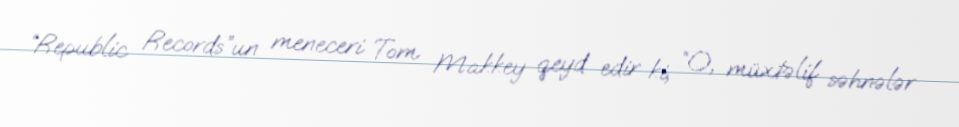
“Republic Records”un meneceri Tom Makkey qeyd edir ki, “O, müxtəlif səhnələr